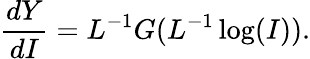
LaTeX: \frac{dY}{dI}=L^{-1}G(L^{-1}\log(I)).